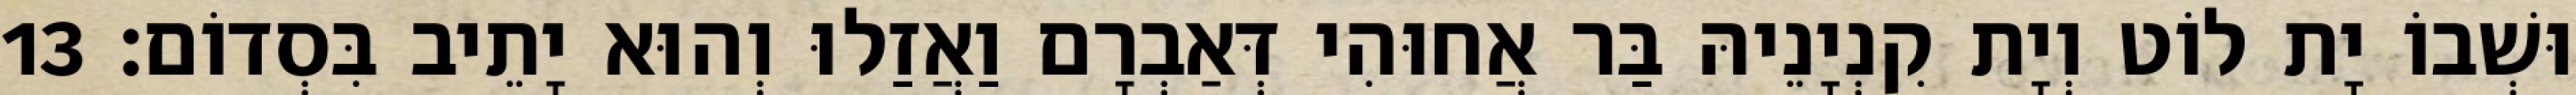
וּשְׁבוֹ יָת לוֹט וְיָת קִנְיָנֵיהּ בַּר אֲחוּהִי דְּאַבְרָם וַאֲזַלוּ וְהוּא יָתֵיב בִּסְדוֹם׃ 13